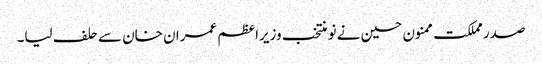
صدر مملکت ممنون حسین نے نو منتخب وزیراعظم عمران خان سے حلف لیا۔